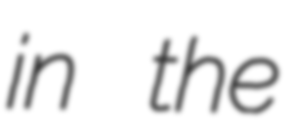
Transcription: in the